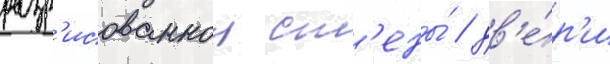
разр'исованнои ст'ены́ / дв'е́р'и